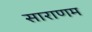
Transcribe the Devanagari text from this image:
साराणम